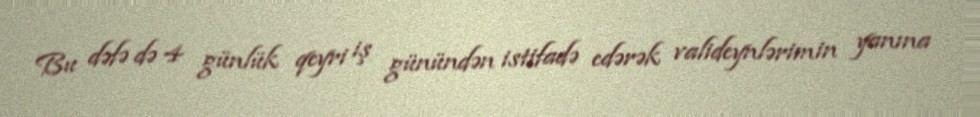
Bu dəfə də 4 günlük qeyri iş günündən istifadə edərək valideynlərimin yanına